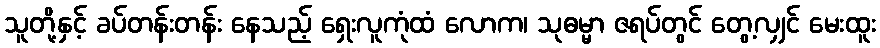
သူတို့နှင့် ခပ်တန်းတန်း နေသည့် ရှေးလူကုံထံ လောက၊ သုဓမ္မာ ဇရပ်တွင် တွေ့လျှင် မေးထူး